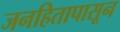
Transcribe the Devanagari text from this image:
जनहितापासून